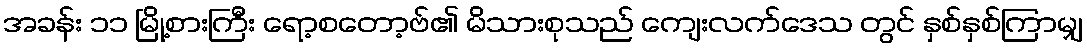
အခန်း ၁၁ မြို့စားကြီး ရော့စတော့ဗ်၏ မိသားစုသည် ကျေးလက်ဒေသ တွင် နှစ်နှစ်ကြာမျှ